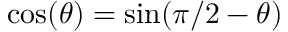
\cos ( \theta ) = \sin ( \pi / 2 - \theta )